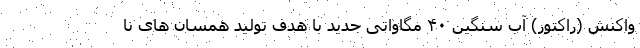
واکنش (راکتور) آب سنگین ۴۰ مگاواتی جدید با هدف تولید همسان های نا